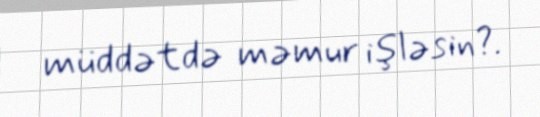
müddətdə məmur işləsin?.